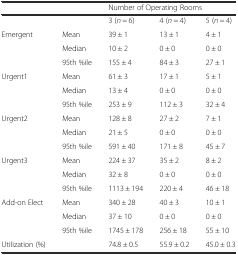
<table><thead><tr><td></td><td></td><td colspan="3"><b>Number of Operating Rooms</b></td></tr></thead><tbody><tr><td></td><td></td><td>3 (<i>n</i> = 6)</td><td>4 (<i>n</i> = 4)</td><td>5 (<i>n</i> = 4)</td></tr><tr><td>Emergent</td><td>Mean</td><td>39 ± 1</td><td>13 ± 1</td><td>4 ± 1</td></tr><tr><td></td><td>Median</td><td>10 ± 2</td><td>0 ± 0</td><td>0 ± 0</td></tr><tr><td></td><td>95th %ile</td><td>155 ± 4</td><td>84 ± 3</td><td>27 ± 1</td></tr><tr><td>Urgent1</td><td>Mean</td><td>61 ± 3</td><td>17 ± 1</td><td>5 ± 1</td></tr><tr><td></td><td>Median</td><td>13 ± 4</td><td>0 ± 0</td><td>0 ± 0</td></tr><tr><td></td><td>95th %ile</td><td>253 ± 9</td><td>112 ± 3</td><td>32 ± 4</td></tr><tr><td>Urgent2</td><td>Mean</td><td>128 ± 8</td><td>27 ± 2</td><td>7 ± 1</td></tr><tr><td></td><td>Median</td><td>21 ± 5</td><td>0 ± 0</td><td>0 ± 0</td></tr><tr><td></td><td>95th %ile</td><td>591 ± 40</td><td>171 ± 8</td><td>45 ± 7</td></tr><tr><td>Urgent3</td><td>Mean</td><td>224 ± 37</td><td>35 ± 2</td><td>8 ± 2</td></tr><tr><td></td><td>Median</td><td>32 ± 8</td><td>0 ± 0</td><td>0 ± 0</td></tr><tr><td></td><td>95th %ile</td><td>1113 ± 194</td><td>220 ± 4</td><td>46 ± 18</td></tr><tr><td>Add-on Elect</td><td>Mean</td><td>340 ± 28</td><td>40 ± 3</td><td>10 ± 1</td></tr><tr><td></td><td>Median</td><td>37 ± 10</td><td>0 ± 0</td><td>0 ± 0</td></tr><tr><td></td><td>95th %ile</td><td>1745 ± 178</td><td>256 ± 18</td><td>55 ± 10</td></tr><tr><td>Utilization (%)</td><td></td><td>74.8 ± 0.5</td><td>55.9 ± 0.2</td><td>45.0 ± 0.3</td></tr></tbody></table>